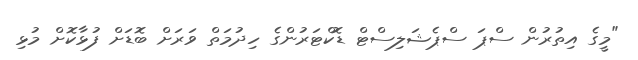
"މީގެ އިތުރުން ސްޕަ ސްޕެޝަލިސްޓް ޑޮކްޓަރުންގެ ހިދުމަތް ވަރަށް ބޮޑަށް ފުޅާކޮށް މުޅި